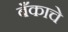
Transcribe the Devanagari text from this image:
बँकाचे